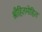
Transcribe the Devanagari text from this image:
श्रीहितमोहित